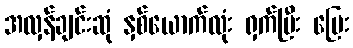
အလှန်ချင်းဆုံ နှစ်ယောက်လုံး ရှက်ပြီး ပြေး